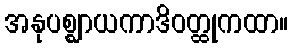
အနုပစ္ဈာယကာဒိဝတ္ထုကထာ။